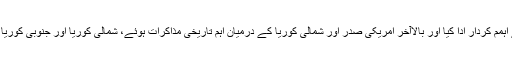
سلامتی کونسل میں شمالی کوریا کے خلاف قرارداد کو چین نے روک کر کشیدگی میں کمی کے لئے اہمم کردار ادا کیا اور بالاآخر امریکی صدر اور شمالی کوریا کے درمیان اہم تاریخی مذاکرات ہوئے، شمالی کوریا اور جنوبی کوریا کے درمیان تلخیاں کم ہوئیں اور تاریخی ملاقاتوں کے بعد دنیا میں بڑی ایٹمی جنگ کا خطرہ ختم ہوا۔